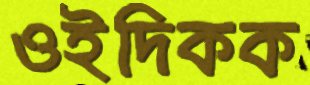
ওইদিকক